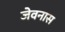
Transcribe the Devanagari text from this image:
जेवनास